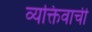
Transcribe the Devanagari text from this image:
व्यक्तिवाची